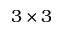
3 \times 3